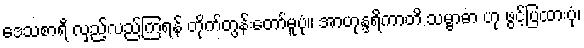
ဒေသစာရီ လှည့်လည်ကြရန် တိုက်တွန်းတော်မူပုံ။ အာဟုန္ဒရိကာတိ သမ္ဗာဓာ ဟု ဖွင့်ပြထားပုံ၊